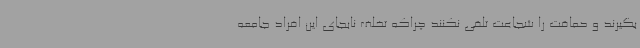
بگیرند و حماقت را شجاعت تلقی نکنند چراکه تخلف نابجای این افراد جامعه